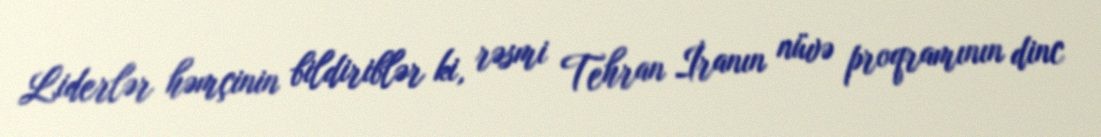
Liderlər həmçinin bildiriblər ki, rəsmi Tehran İranın nüvə proqramının dinc